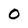
Character: 0